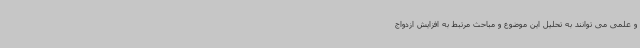
و علمی می توانند به تحلیل این موضوع و مباحث مرتبط به افزایش ازدواج